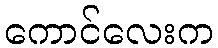
ကောင်လေးက